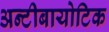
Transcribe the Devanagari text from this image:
अन्टीबायोटिक